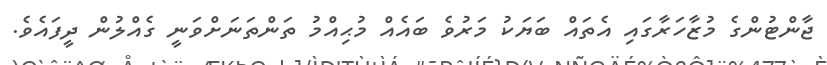
ޖާންޓުންގެ މުޒާހަރާގައި އެތައް ބަޔަކު މަރުވެ ބައެއް މުޙިއްމު ތަންތަނަށްވަނީ ގެއްލުން ދީފައެވެ.